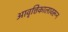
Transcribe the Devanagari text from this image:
आवृत्तिकालावरून